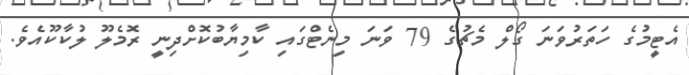
އެޓީމުގެ ހަތަރުވަނަ ގޯލް މެޗުގެ 79 ވަނަ މިނެޓްގައި ކާމިޔާބުކޮށްދިނީ ރޮމެލޫ ލުކާކޫއެވެ.